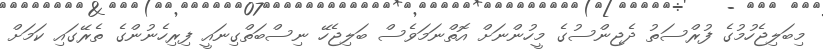
މިބަލިޖެހުމުގެ ފުރްސަތު ދެޖިންސުގެ މީހުންނަށް އޮތްނަމަވެސް ބަލިޖެހޭ ނިސްބަތްގިނައީ ފިރިހެނުންގެ ތެރޭގައި ކަމަށް